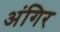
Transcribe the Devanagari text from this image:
अंगिर